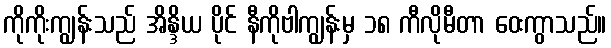
ကိုကိုးကျွန်းသည် အိန္ဒိယ ပိုင် နီကိုဗါကျွန်းမှ ၁၈ ကီလိုမီတာ ဝေးကွာသည်။